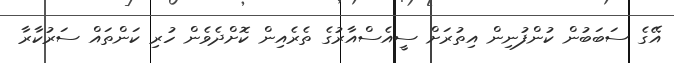
އޭގެ ސަބަބުން ކުންފުނިން އިތުރަށް ސީއެސްއާރުގެ ތެރެއިން ކޮށްދެވެން ހުރި ކަންތައް ސަރުކާރާ